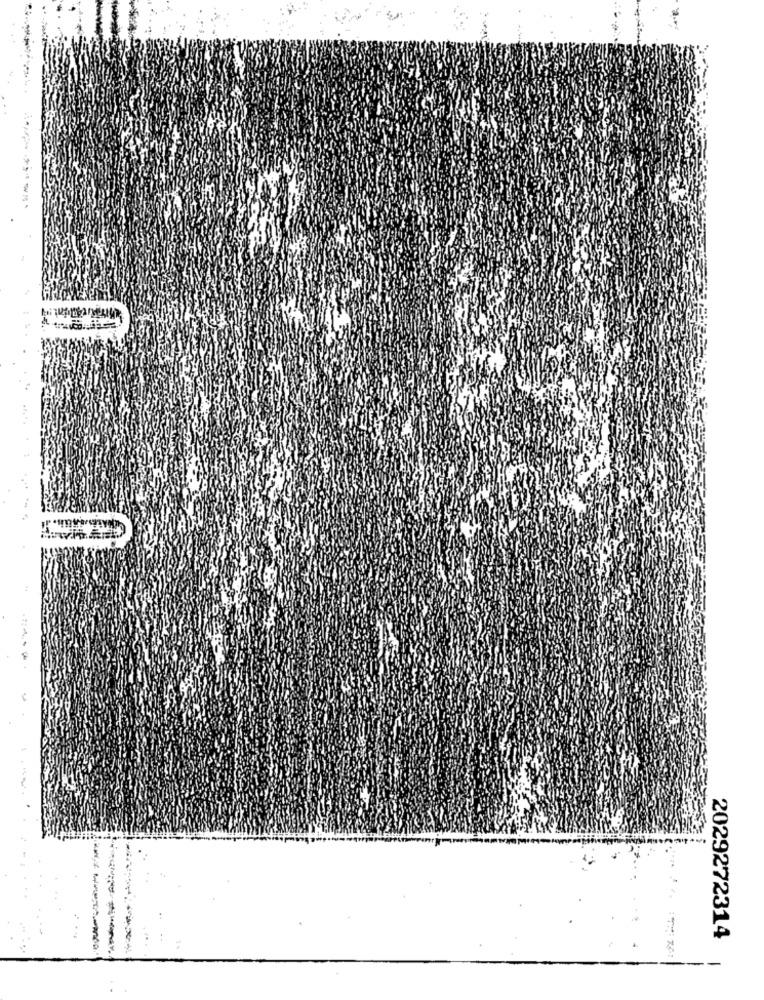
2029272314
-
.